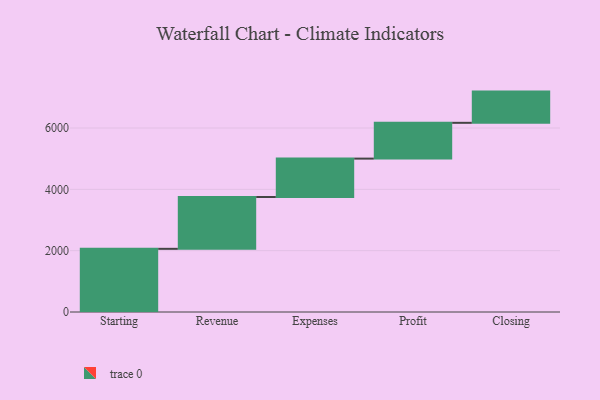
{"axis": {"x": "Step", "y": "Value"}, "legend": [""], "data": [{"x": "Starting", "y": 2060.0, "type": ""}, {"x": "Revenue", "y": 1690.0, "type": ""}, {"x": "Expenses", "y": 1252.0, "type": ""}, {"x": "Profit", "y": 1167.0, "type": ""}, {"x": "Closing", "y": 1018.0, "type": ""}]}